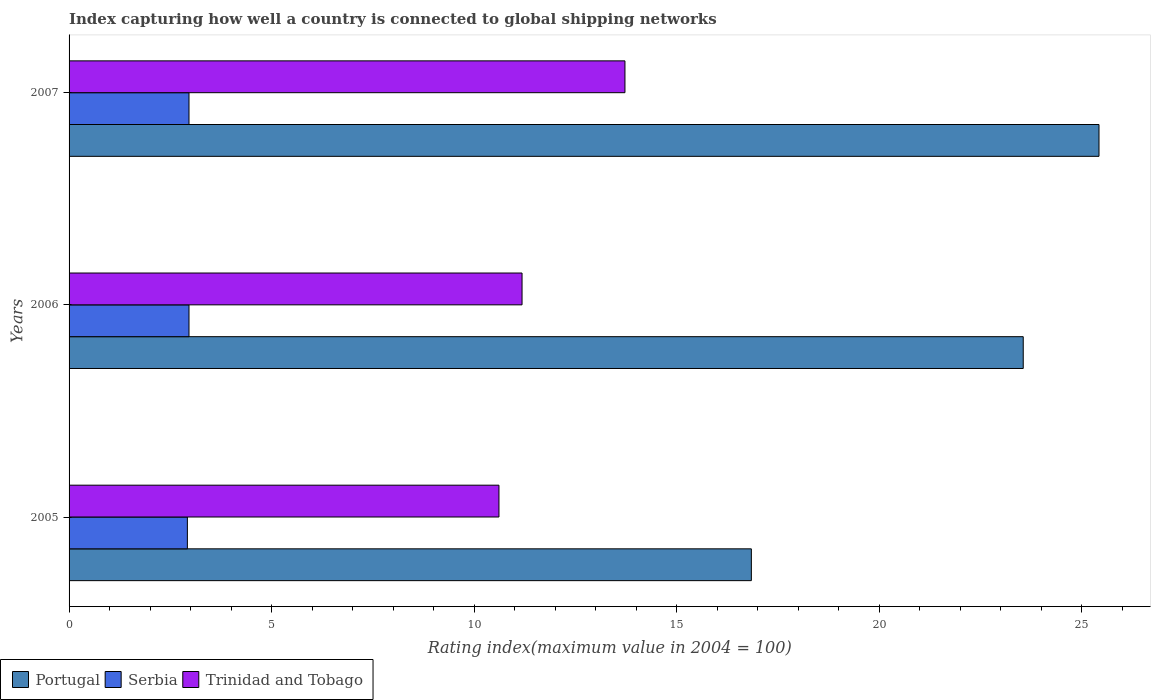
| Years | Portugal | Serbia | Trinidad and Tobago |
 | --- | --- | --- | --- |
 | 2005 | 16.8 | 2.92 | 10.6 |
 | 2006 | 23.6 | 2.96 | 11.2 |
 | 2007 | 25.4 | 2.96 | 13.7 |